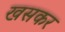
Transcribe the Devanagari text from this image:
खसकर